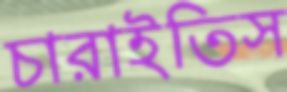
চারাইতিস